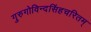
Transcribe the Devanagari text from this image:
गुरुगोविन्दसिंहचरितम्